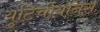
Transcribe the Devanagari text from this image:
युटिचीयानस